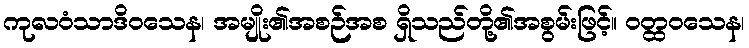
ကုလဝံသာဒိဝသေန၊ အမျိုး၏အစဉ်အစ ရှိသည်တို့၏အစွမ်းဖြင့်။ ဝတ္ထဝသေန၊